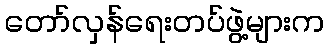
တော်လှန်ရေးတပ်ဖွဲ့များက